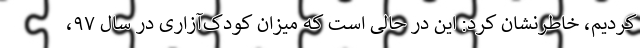
کردیم، خاطرنشان کرد: این در حالی است که میزان کودک‌آزاری در سال ۹۷،